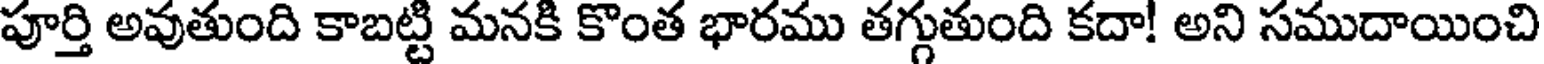
పూర్తి అవుతుంది కాబట్టి మనకి కొంత భారము తగ్గుతుంది కదా! అని సముదాయించి